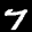
Label: 7